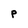
Character: p